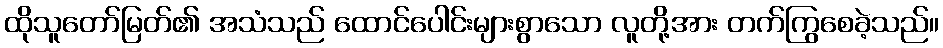
ထိုသူတော်မြတ်၏ အသံသည် ထောင်ပေါင်းများစွာသော လူတို့အား တက်ကြွစေခဲ့သည်။